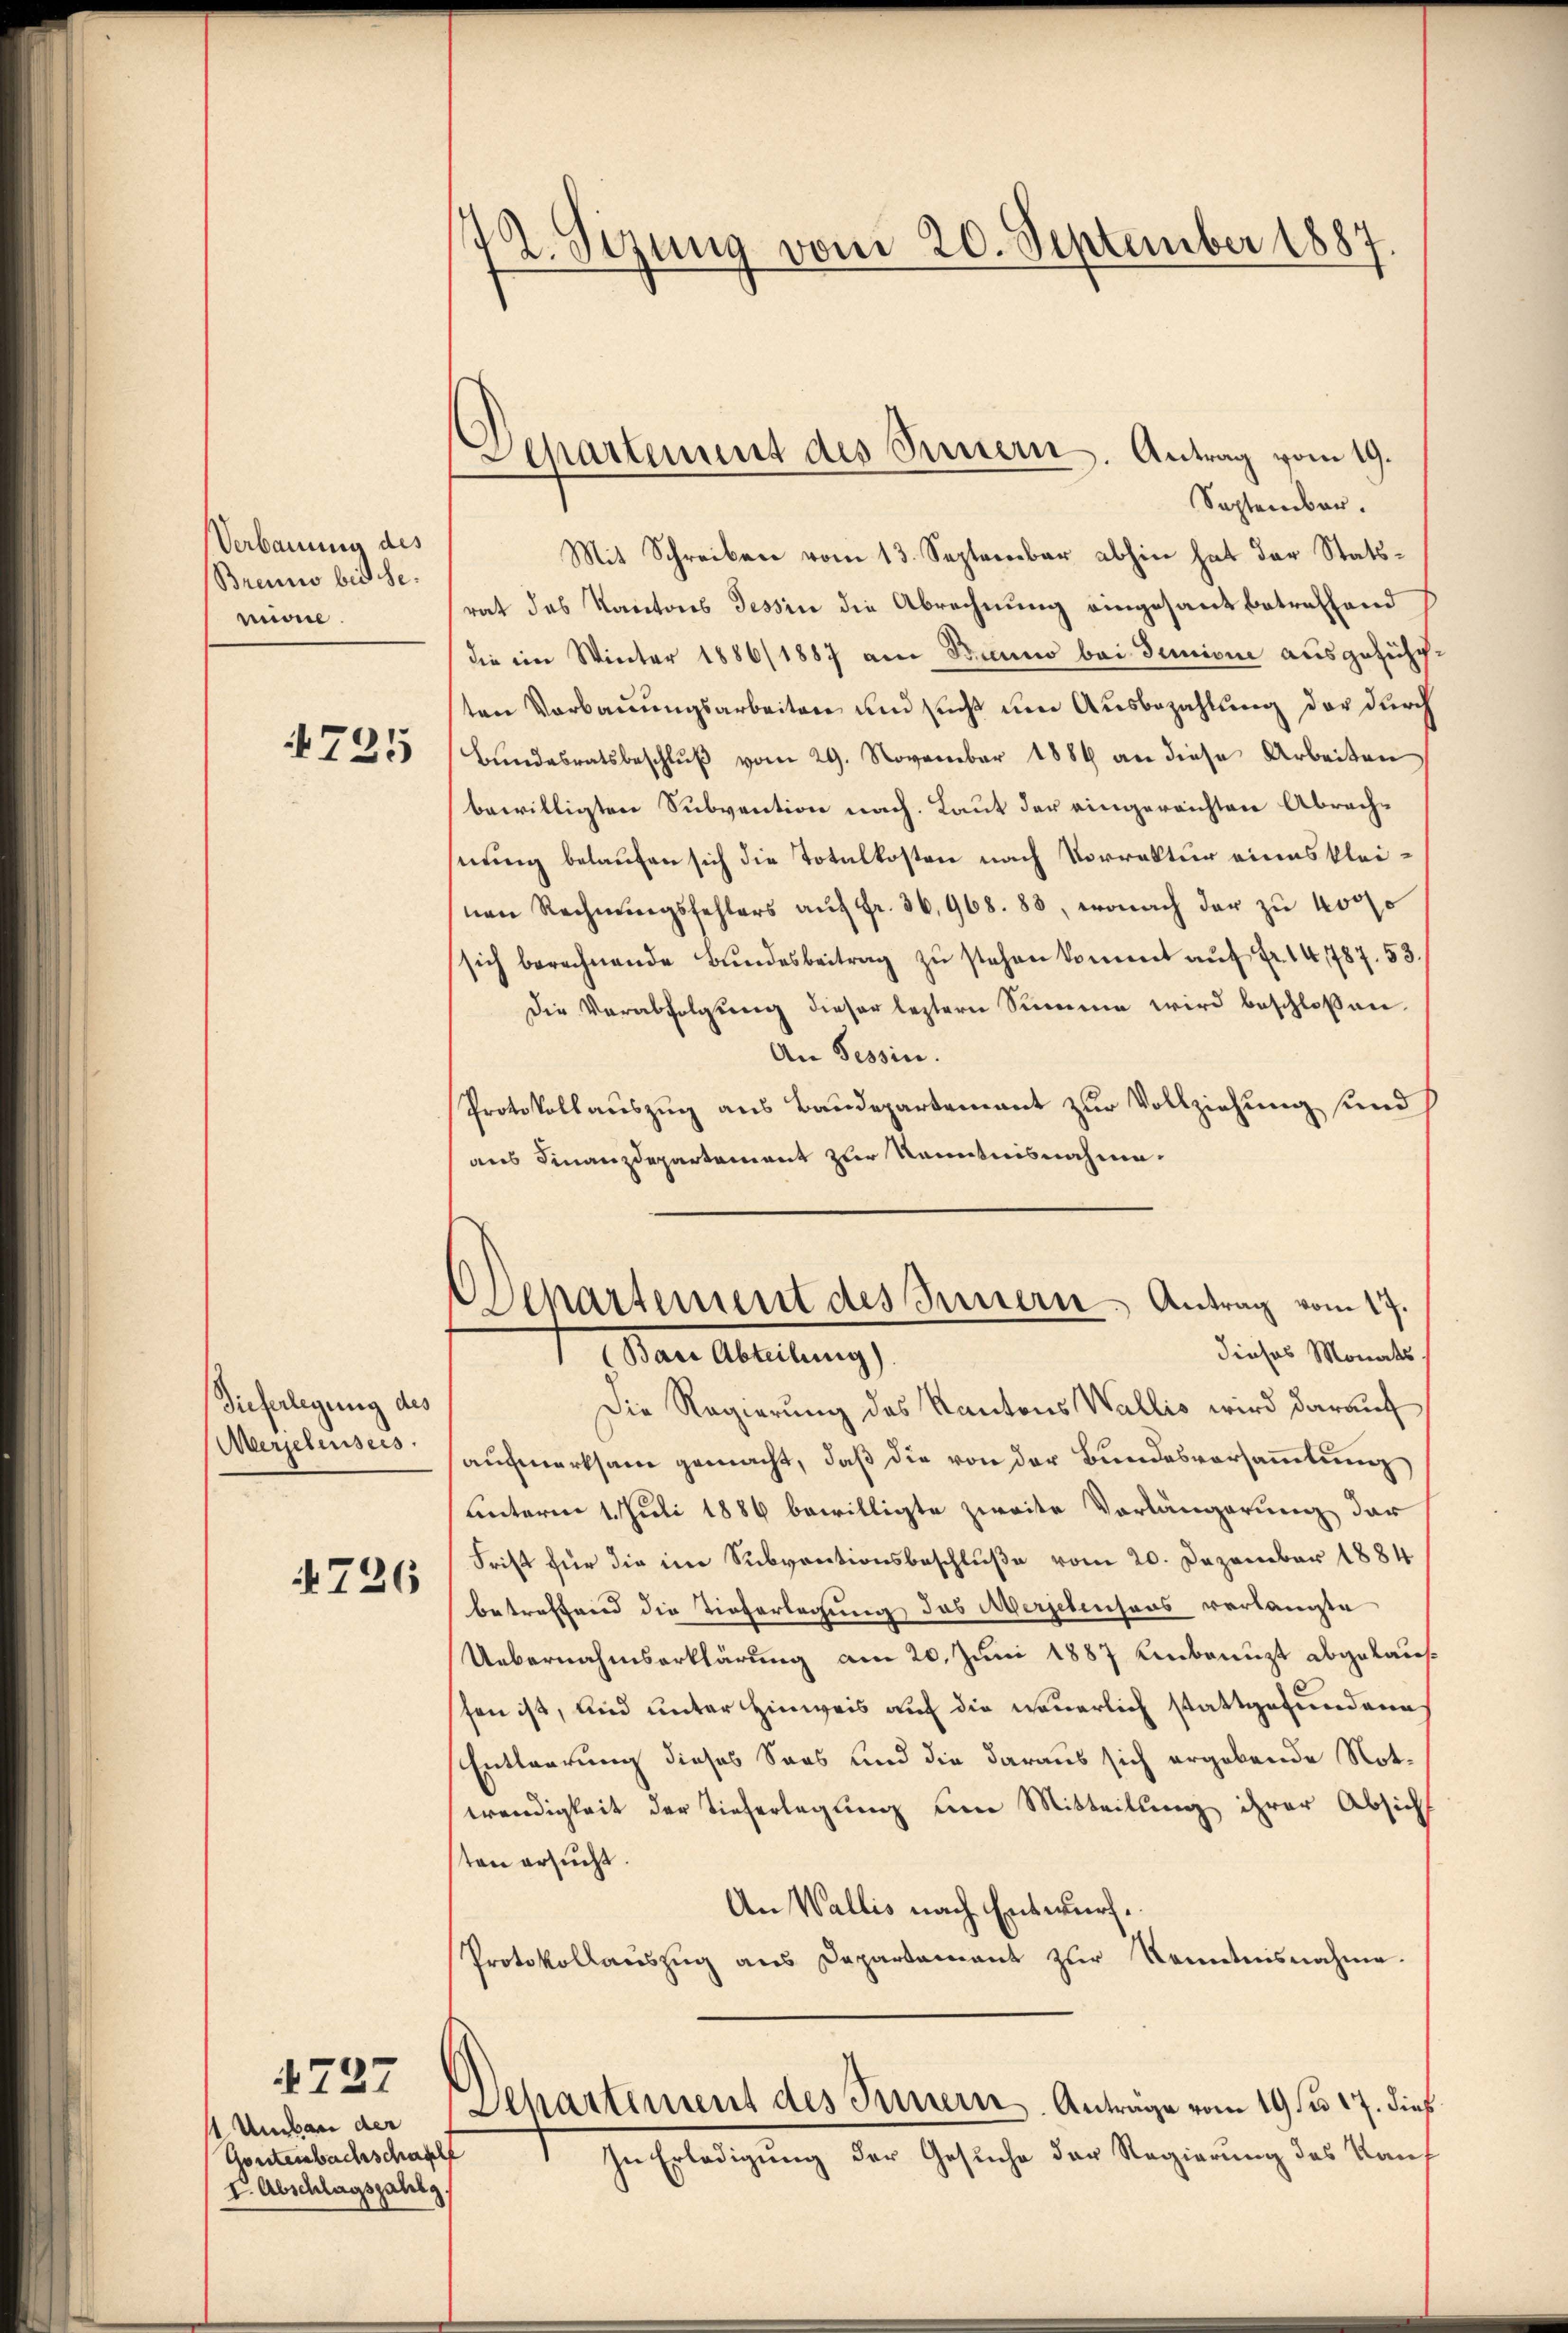
Verbauung des
Brenns bis se
midie

4725

Tieferlegung des
Mersehensees

4726

1 Umbau der
Gontenbachschaff
V. Abschlagszahlg.

1737

72. Sizung vom 20. September 1887

Separtement des Sinnern. Antrag vom 19.

Departement des Innern Antrag vom 17.
dieses Monats
Mar Abreitung

September.
Mit Schreiben vom 13. September abhin hat der Statsrat des Kantons Tessin die Abrechnung eingesant betreffend
die im Winter 1886/1887 am Banno bei Junione ausgeführten Verbauungsarbeiten und sucht um Ausbezahlung der durch
Bundesratsbeschluß vom 29. November 1884 an diese Arbeiten
bewilligten Subvention nach. Laut der eingereichten Abrachnung belaufen sich die Totalkosten nach Vorrektur eines kleinen Rechnŭngsfehlers aŭf Fr. 36,968. 88, wonach der zu koos
sich berechnende Bŭndesbeitrag zŭ stehen kommt aŭf Fr. 14,787. 53.
die Verabfolgŭng dieser leztern Summe wird beschlossen
An Tessin.
Protokollauszug aus Baudepartement zur Vollziehung und
aus Finanzdepartement zur Kenntnisnahme.
Die Regierung des Kantons Wallis wird darauf
aufmerksam gemacht, daß die von der Bundesversammlung
unterm 1. Juli 1886 bewilligte zweite Vorlängerung der
Frist für die im Subventionsbeschluße vom 20. Dezember 1884
betreffend die Tieferlegung das Aergebensaus verlangte
Uebernahmserklärung am 20. Juni 1887 Anbringt abgekausfen ist, und unter Hinweis auf die neuerlich stattgefundene
Entlaerung dieses Soos und die daraus sich ergebende Not.
wendigkeit der Tieferlegung um Mitteilung ihrer Absicht
sten ersucht.
An Wallis nach Entwurf.
Protokollauszug aus Departament zur Kenntnisnahme.
Departement des Innern. Anträge vom 19 ten 17. dieß
In Erledigung der Gesuche der Regierung des Kauf